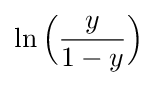
\ln {\Bigl (}{y \over {1-y}}{\Bigr )}